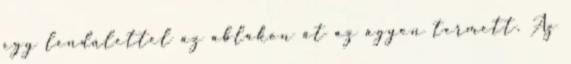
egy lendülettel az ablakon át az ágyon termett. Az